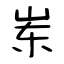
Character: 岽